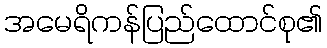
အမေရိကန်ပြည်ထောင်စု၏